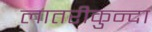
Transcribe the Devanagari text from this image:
लातरीकुन्दा